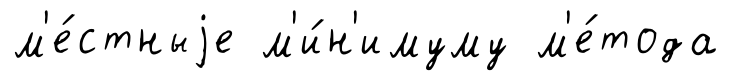
м'е́стныjе м'и́н'имуму м'е́тода